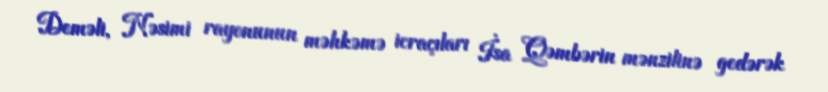
Deməli, Nəsimi rayonunun məhkəmə icraçıları İsa Qəmbərin mənzilinə gedərək